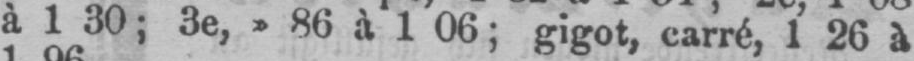
à 1 30; 3e, » 86 à 1 06; gigot, carré,1 26 à